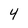
Character: 4